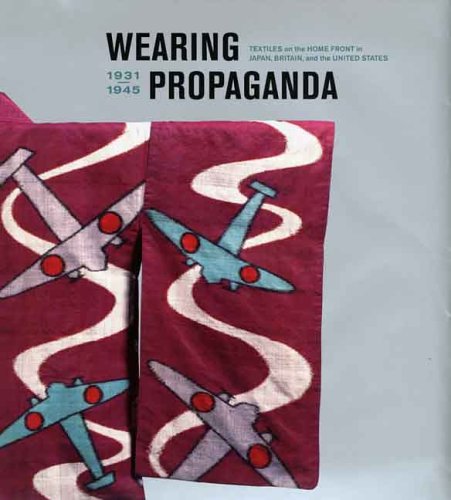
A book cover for Wearing Propaganda: Textiles on the Home Front in Japan, Britain, and the United States, 1931-1945; Crafts, Hobbies & Home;